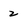
Character: 2